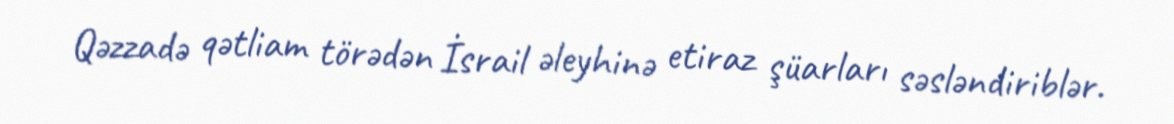
Qəzzadə qətliam törədən İsrail əleyhinə etiraz şüarları səsləndiriblər.